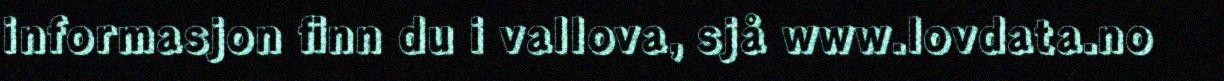
informasjon finn du i vallova, sjå www.lovdata.no